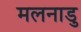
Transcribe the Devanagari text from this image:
मलनाडु